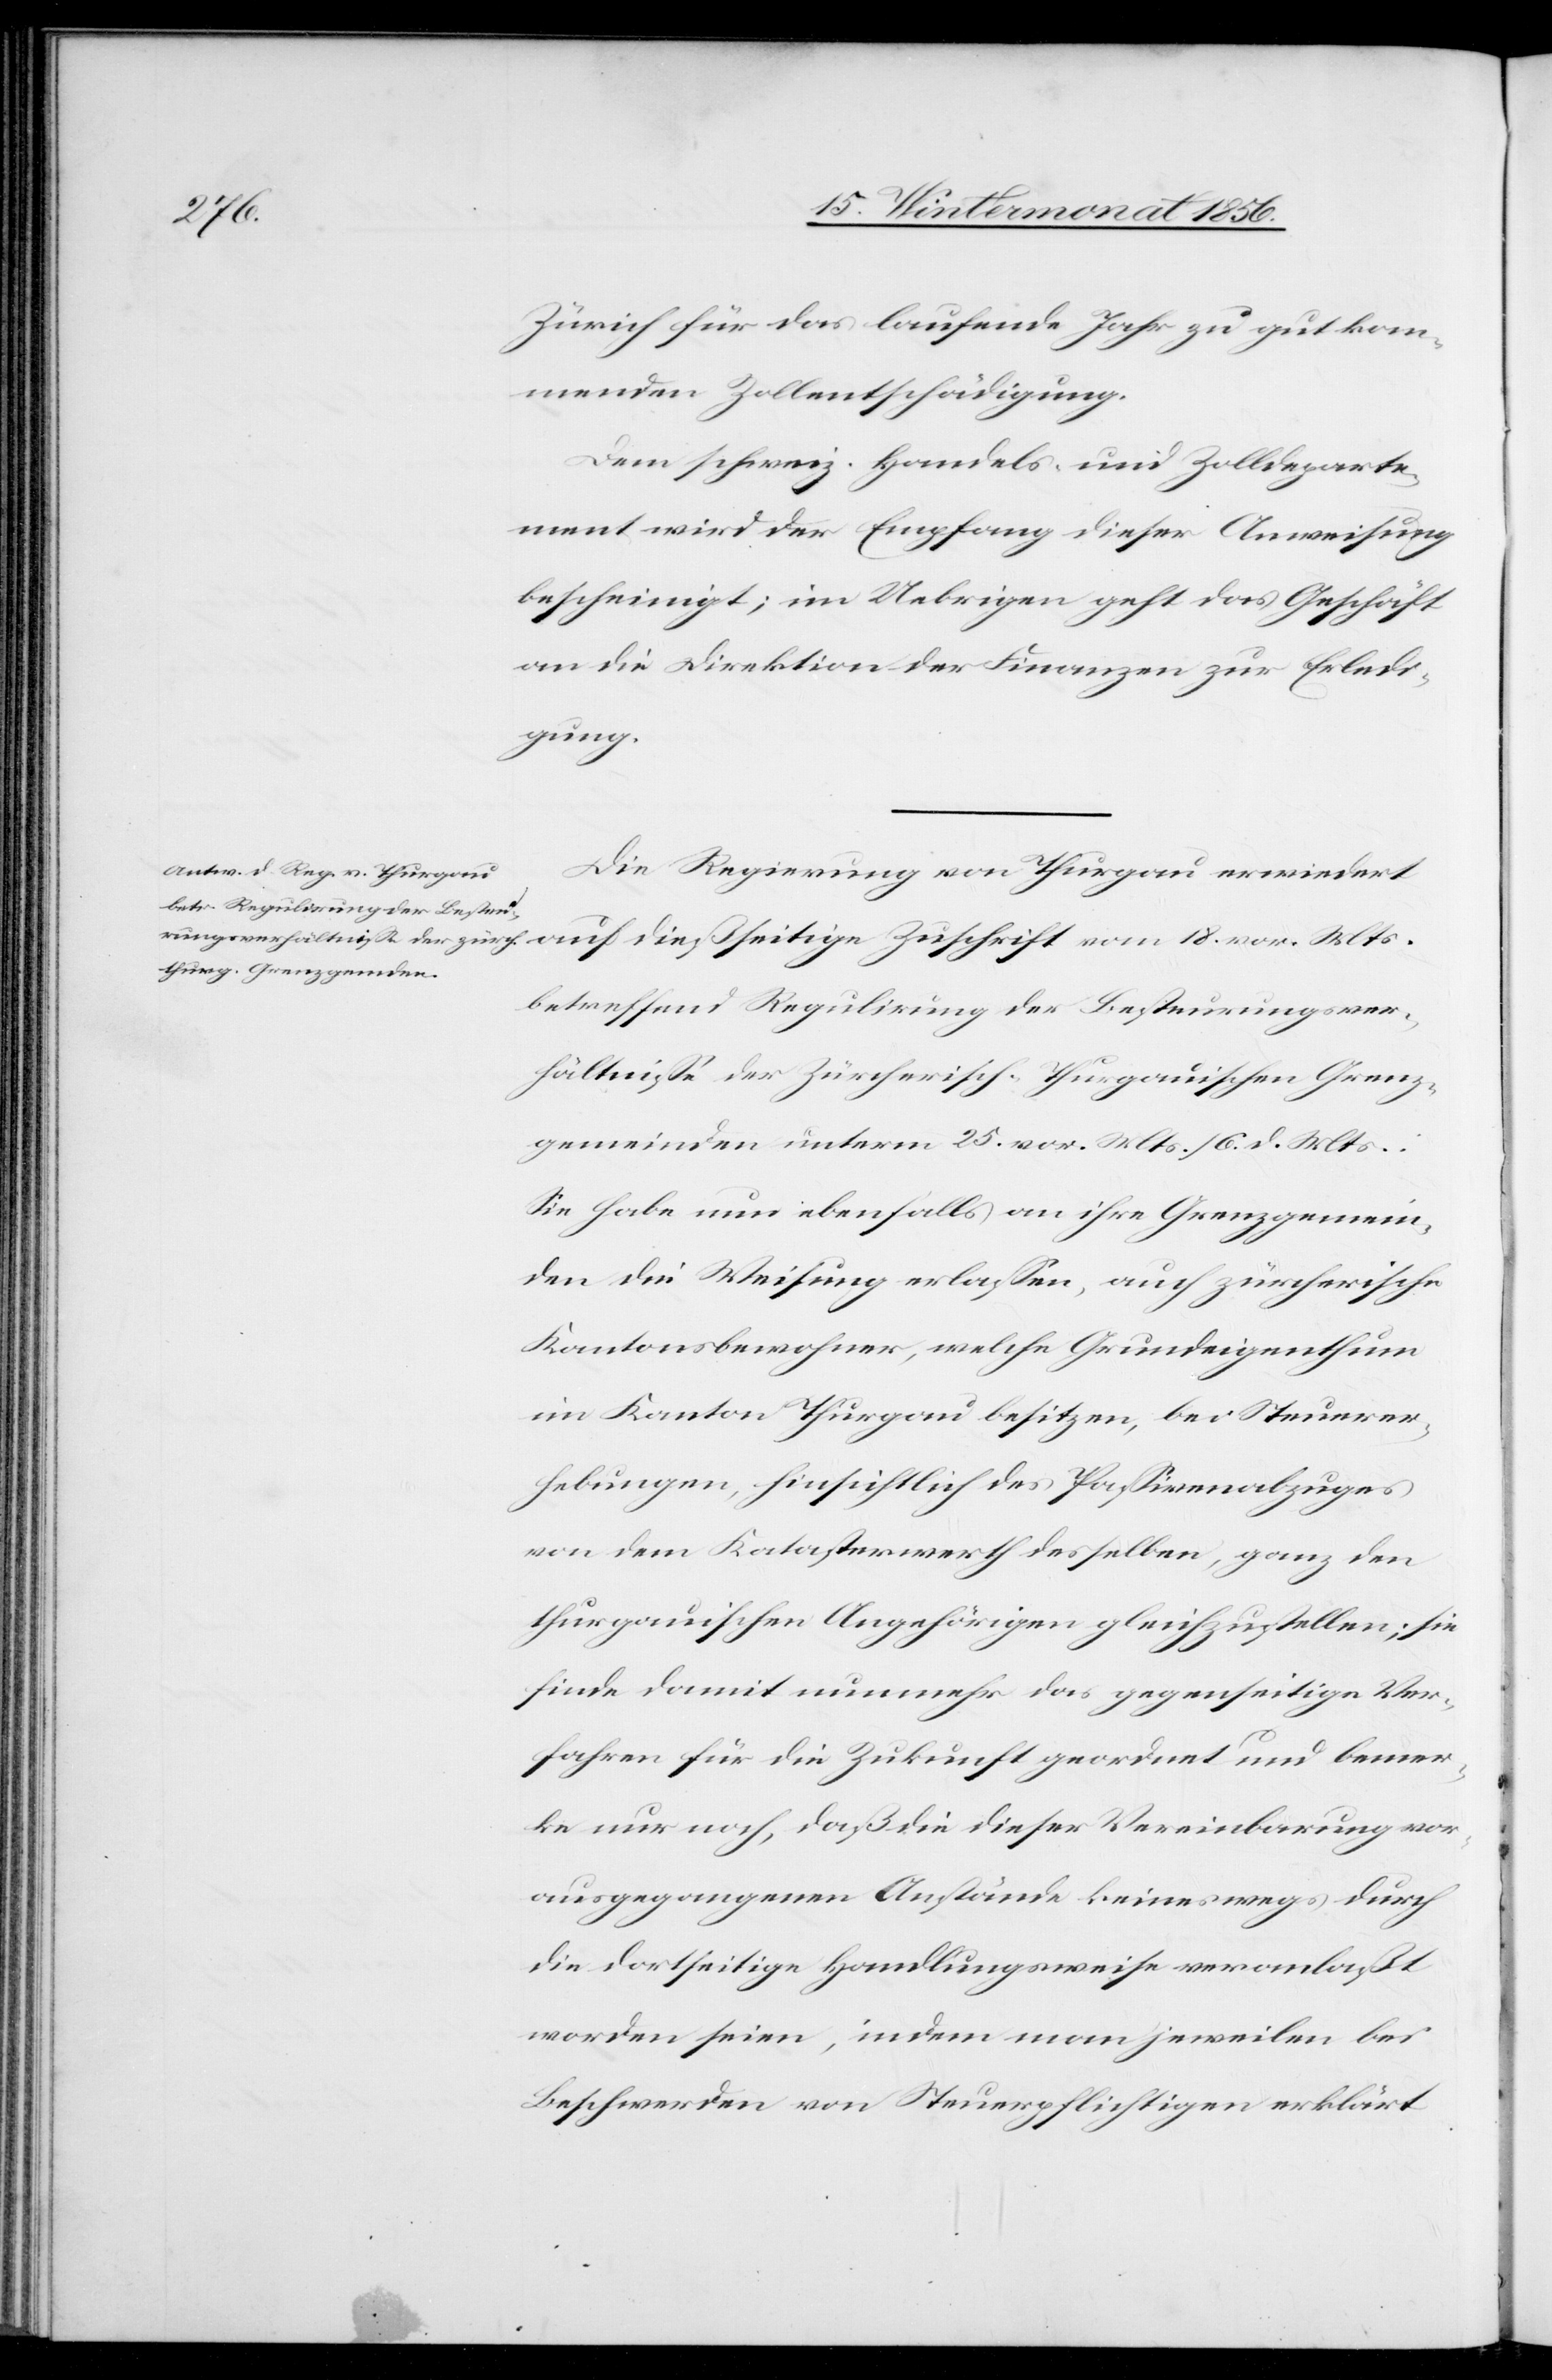
Zürich für das laufende Jahr zu gut kom¬
menden Zollentschädigung.
Dem schweiz. Handels- und Zolldeparte¬
ment wird der Empfang dieser Anweisung
bescheinigt; im Uebrigen geht das Geschäft
an die Direktion der Finanzen zur Erledi¬
gung.
Die Regierung von Thurgau erwiedert
auf dießseitige Zuschrift vom 18. vor. Mts.
betreffend Regulirung der Besteurungsver¬
hältnisse der Zürcherisch-Thurgauischen Grenz¬
gemeinden unterm 25. vor. Mts./6. d. Mts.:
Sie habe nun ebenfalls an ihre Grenzgemein¬
den die Weisung erlassen, auch zürcherische
Kantonsbewohner, welche Grundeigenthum
im Kanton Thurgau besitzen, bei Steuerer¬
hebungen, hinsichtlich des Passivenabzuges
von dem Katasterwerth desselben, ganz den
thurgauischen Angehörigen gleichzustellen; sie
finde damit nunmehr das gegenseitige Ver¬
fahren für die Zukunft geordnet und bemer¬
ke nur noch, daß die dieser Vereinbarung vor¬
ausgegangenen Anstände keineswegs durch
die dortseitige Handlungsweise veranlaßt
worden seien, indem man jeweilen bei
Beschwerden von Steuerpflichtigen erklärt